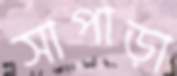
সাপাড়া